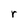
Character: r